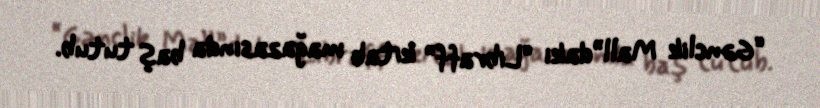
“Gənclik Mall”dakı “Libraff” kitab mağazasında baş tutub.